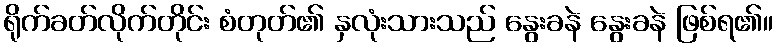
ရိုက်ခတ်လိုက်တိုင်း စံတုတ်၏ နှလုံးသားသည် နွေးခနဲ နွေးခနဲ ဖြစ်ရ၏။